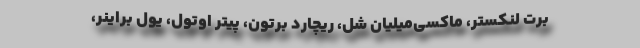
برت لنکستر، ماکسی‌میلیان شل، ریچارد برتون، پیتر اوتول، یول براینر،